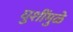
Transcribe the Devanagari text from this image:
घुशींमुळे